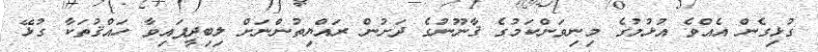
ގުޅިގެން އެއްވެ އުޅުމުގެ މިނިވަންކަމުގެ ޤާނޫނުގެ ދަށުން ރައްޔިތުންނަށް ލިބިދީފައިވާ ހައްޤުތަކާ ގުޅޭ